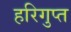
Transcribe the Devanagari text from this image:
हरिगुप्त